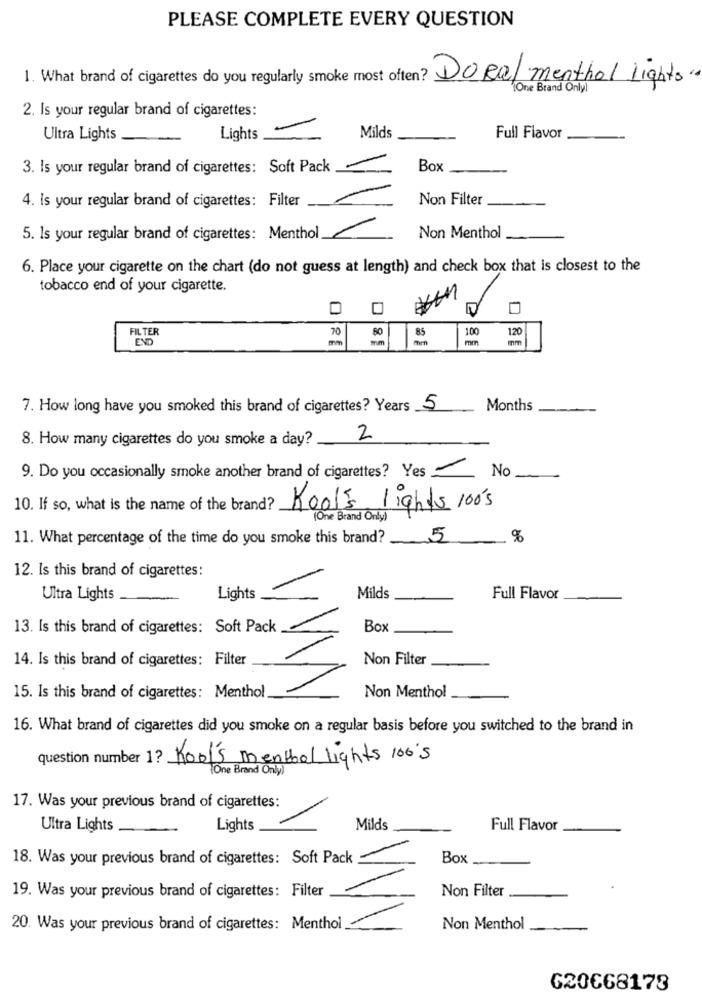
PLEASE COMPLETE EVERY QUESTION
1. What brand of cigarettes do you regularly smoke most often?
Doral menthol Lights
"one Brand Onlyl
2. Is your regular brand of cigarettes:
Ultra Lights
Lights
Milds
Full Flavor
3. Is your regular brand of cigarettes: Soft Pack
Box
Non Filter
4. Is your regular brand of cigarettes: Filter
1
5. Is your regular brand of cigarettes: Menthol
Non Menthol
6. Place your cigarette on the chart (do not guess at length) and check box that is closest to the
tobacco end of your cigarette.
FILTER
70
60
85
100
END
mm
-m
-
120
7. How long have you smoked this brand of cigarettes? Years 5
Months
8. How many cigarettes do you smoke a day?
2
9. Do you occasionally smoke another brand of cigarettes? Yes
No
10. If so, what is the name of the brand?
Kool's lights 100's
(One Brand Only)
11. What percentage of the time do you smoke this brand?
5
%
12. Is this brand of cigarettes:
Ultra Lights
Lights
Milds
Full Flavor
13. Is this brand of cigarettes: Soft Pack
Box
14. Is this brand of cigarettes: Filter
Non Filter
Non Menthol
15. Is this brand of cigarettes: Menthol.
16. What brand of cigarettes did you smoke on a regular basis before you switched to the brand in
question number 1? Kool's mentbal lights 100's
One Brand Only)
17. Was your previous brand of cigarettes:
Ultra Lights
Lights
Milds
Full Flavor
18. Was your previous brand of cigarettes: Soft Pack
Box
Non Filter
19. Was your previous brand of cigarettes: Filter
20. Was your previous brand of cigarettes: Menthol
Non Menthol
G20€68173